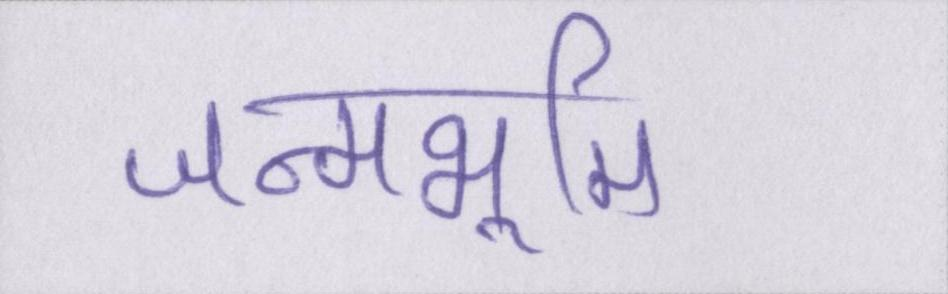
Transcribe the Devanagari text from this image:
जन्मभूमि